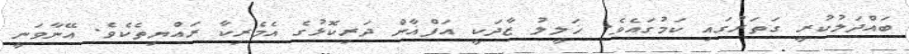
ބައްދަލުކުރީ ގަތަރުގައި ކަމުގައެވެ. ޚަލީލު ޒާދަކީ އަފްޣާން ދަރިކޮޅުގެ އެމެރިކާ ރައްޔިތެކެވެ. އޭނާވަނީ